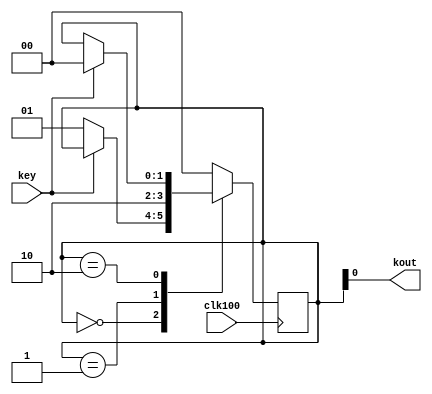
module dekey(
	input clk100,key,
	output kout
	);
reg[1:0]state;
always @(posedge clk100)
case(state)
2'd0:if(!key)state<=2'd1;
2'd1:state<=2'd2;
2'd2:if(key) state<=2'd0;
default:state<=0;
endcase
assign kout=state[0];
endmodule